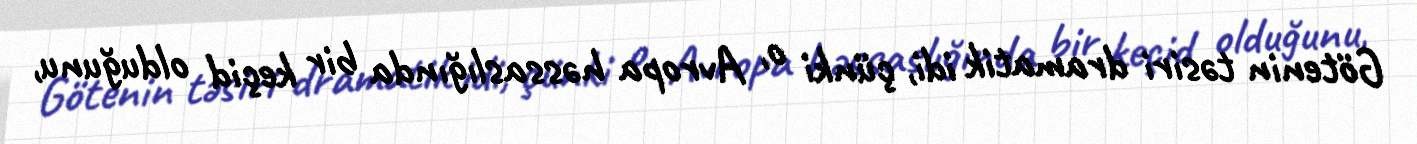
Götenin təsiri dramatik idi, çünki o, Avropa həssaslığında bir keçid olduğunu,